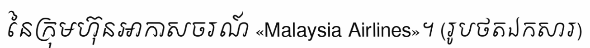
នៃក្រុមហ៊ុនអាកាសចរណ៍ «Malaysia Airlines»។ (រូបថតឯកសារ)